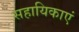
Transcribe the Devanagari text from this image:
सहायिकाएं